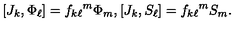
[ J _ { k } , \Phi _ { \ell } ] = { f _ { k \ell } } ^ { m } \Phi _ { m } , [ J _ { k } , S _ { \ell } ] = { f _ { k \ell } } ^ { m } S _ { m } .